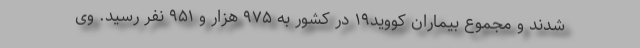
شدند و مجموع بیماران کووید۱۹ در کشور به ۹۷۵ هزار و ۹۵۱ نفر رسید. وی